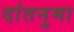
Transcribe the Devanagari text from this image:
दांतनुमा